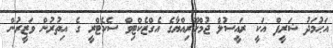
އަޙުމަދު ޝަރީފް އަކީ ރައީސުލް ޖުމްހޫރިއްޔާގެ އެގްޒެކްޓިވް ސެކެޓްރީ ގެ އިތުރުން ވަޒީރުން